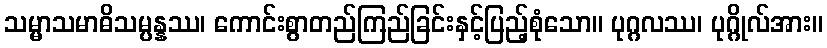
သမ္မာသမာဓိသမ္ပန္နဿ၊ ကောင်းစွာတည်ကြည်ခြင်းနှင့်ပြည့်စုံသော။ ပုဂ္ဂလဿ၊ ပုဂ္ဂိုလ်အား။